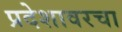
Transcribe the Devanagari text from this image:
प्रदेशावरचा